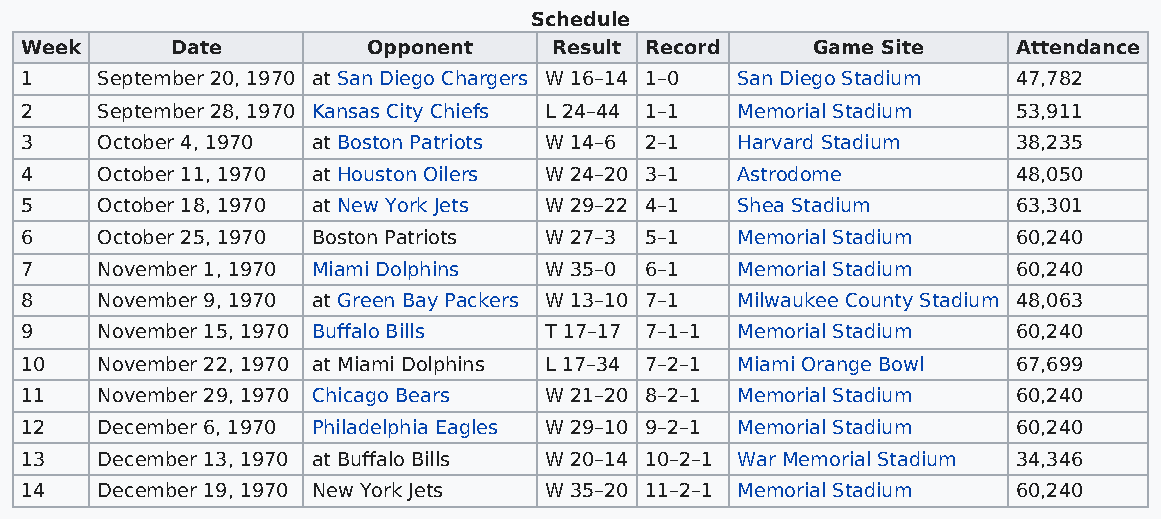
Schedule
 Week      Date         Opponent     Result Record    Game Site    Attendance
 1    September 20, 1970 at San Diego Chargers W 16–14 1–0 San Diego Stadium 47,782
 2    September 28, 1970 Kansas City Chiefs L 24–44 1–1 Memorial Stadium 53,911
 3    October 4, 1970 at Boston Patriots W 14–6 2–1 Harvard Stadium 38,235
 4    October 11, 1970 at Houston Oilers W 24–20 3–1 Astrodome     48,050
 5    October 18, 1970 at New York Jets W 29–22 4–1 Shea Stadium   63,301
 6    October 25, 1970 Boston Patriots W 27–3 5–1 Memorial Stadium 60,240
 7    November 1, 1970 Miami Dolphins W 35–0 6–1 Memorial Stadium  60,240
 8    November 9, 1970 at Green Bay Packers W 13–10 7–1 Milwaukee County Stadium 48,063
 9    November 15, 1970 Buffalo Bills T 17–17 7–1–1 Memorial Stadium 60,240
 10   November 22, 1970 at Miami Dolphins L 17–34 7–2–1 Miami Orange Bowl 67,699
 11   November 29, 1970 Chicago Bears W 21–20 8–2–1 Memorial Stadium 60,240
 12   December 6, 1970 Philadelphia Eagles W 29–10 9–2–1 Memorial Stadium 60,240
 13   December 13, 1970 at Buffalo Bills W 20–14 10–2–1 War Memorial Stadium 34,346
 14   December 19, 1970 New York Jets W 35–20 11–2–1 Memorial Stadium 60,240